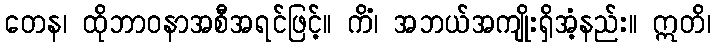
တေန၊ ထိုဘာဝနာအစီအရင်ဖြင့်။ ကိံ၊ အဘယ်အကျိုးရှိအံ့နည်း။ ဣတိ၊